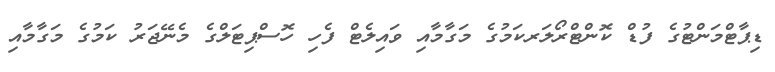
ޑިޕާޓްމަންޓުގެ ފުޑް ކޮންޓްރޯލަރކަމުގެ މަގާމާއި ވައިލެޓް ފެހި ހޮސްޕިޓަލްގެ މެނޭޖަރު ކަމުގެ މަގާމާއި